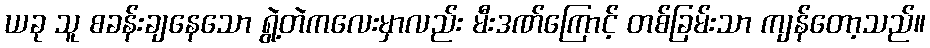
ယခု သူ စခန်းချနေသော ရွဲ့တဲကလေးမှာလည်း မီးဒဏ်ကြောင့် တစ်ခြမ်းသာ ကျန်တော့သည်။